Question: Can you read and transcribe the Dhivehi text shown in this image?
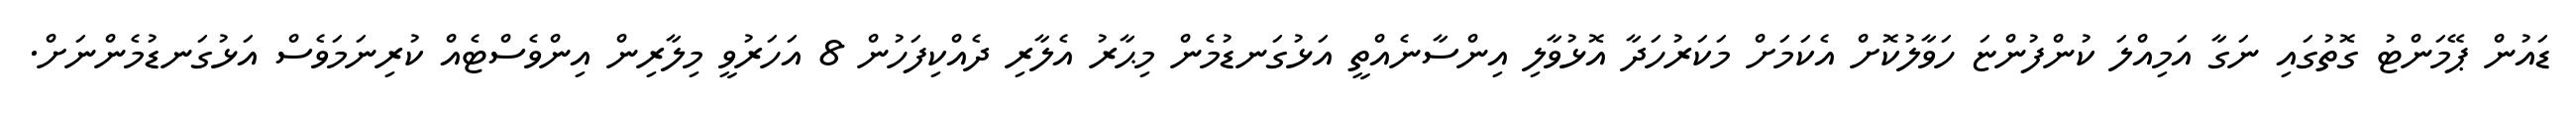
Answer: ޑައުން ޕޭމަންޓު ގޮތުގައި ނަގާ އަމިއްލަ ކުންފުންޏަ ހަވާލުކޮށް އެކަމަށް މަކަރުހަދާ އޮޅުވާލި އިންސާނެއްތީ އަޅުގަނޑުމެން މިޙާރު އެލާރި ދެއްކިފަހުން 8 އަހަރުވީ މިލާރިން އިންވެސްޓެއް ކުރިނަމަވެސް އަޅުގަނޑުމެންނަށް.